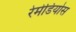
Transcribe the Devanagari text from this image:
रेमेडियोस